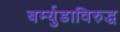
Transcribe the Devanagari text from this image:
बर्म्युडाविरुद्ध